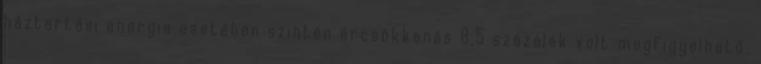
háztartási energia esetében szintén árcsökkenés 8,5 százalék volt megfigyelhető.